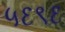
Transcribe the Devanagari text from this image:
५६९६